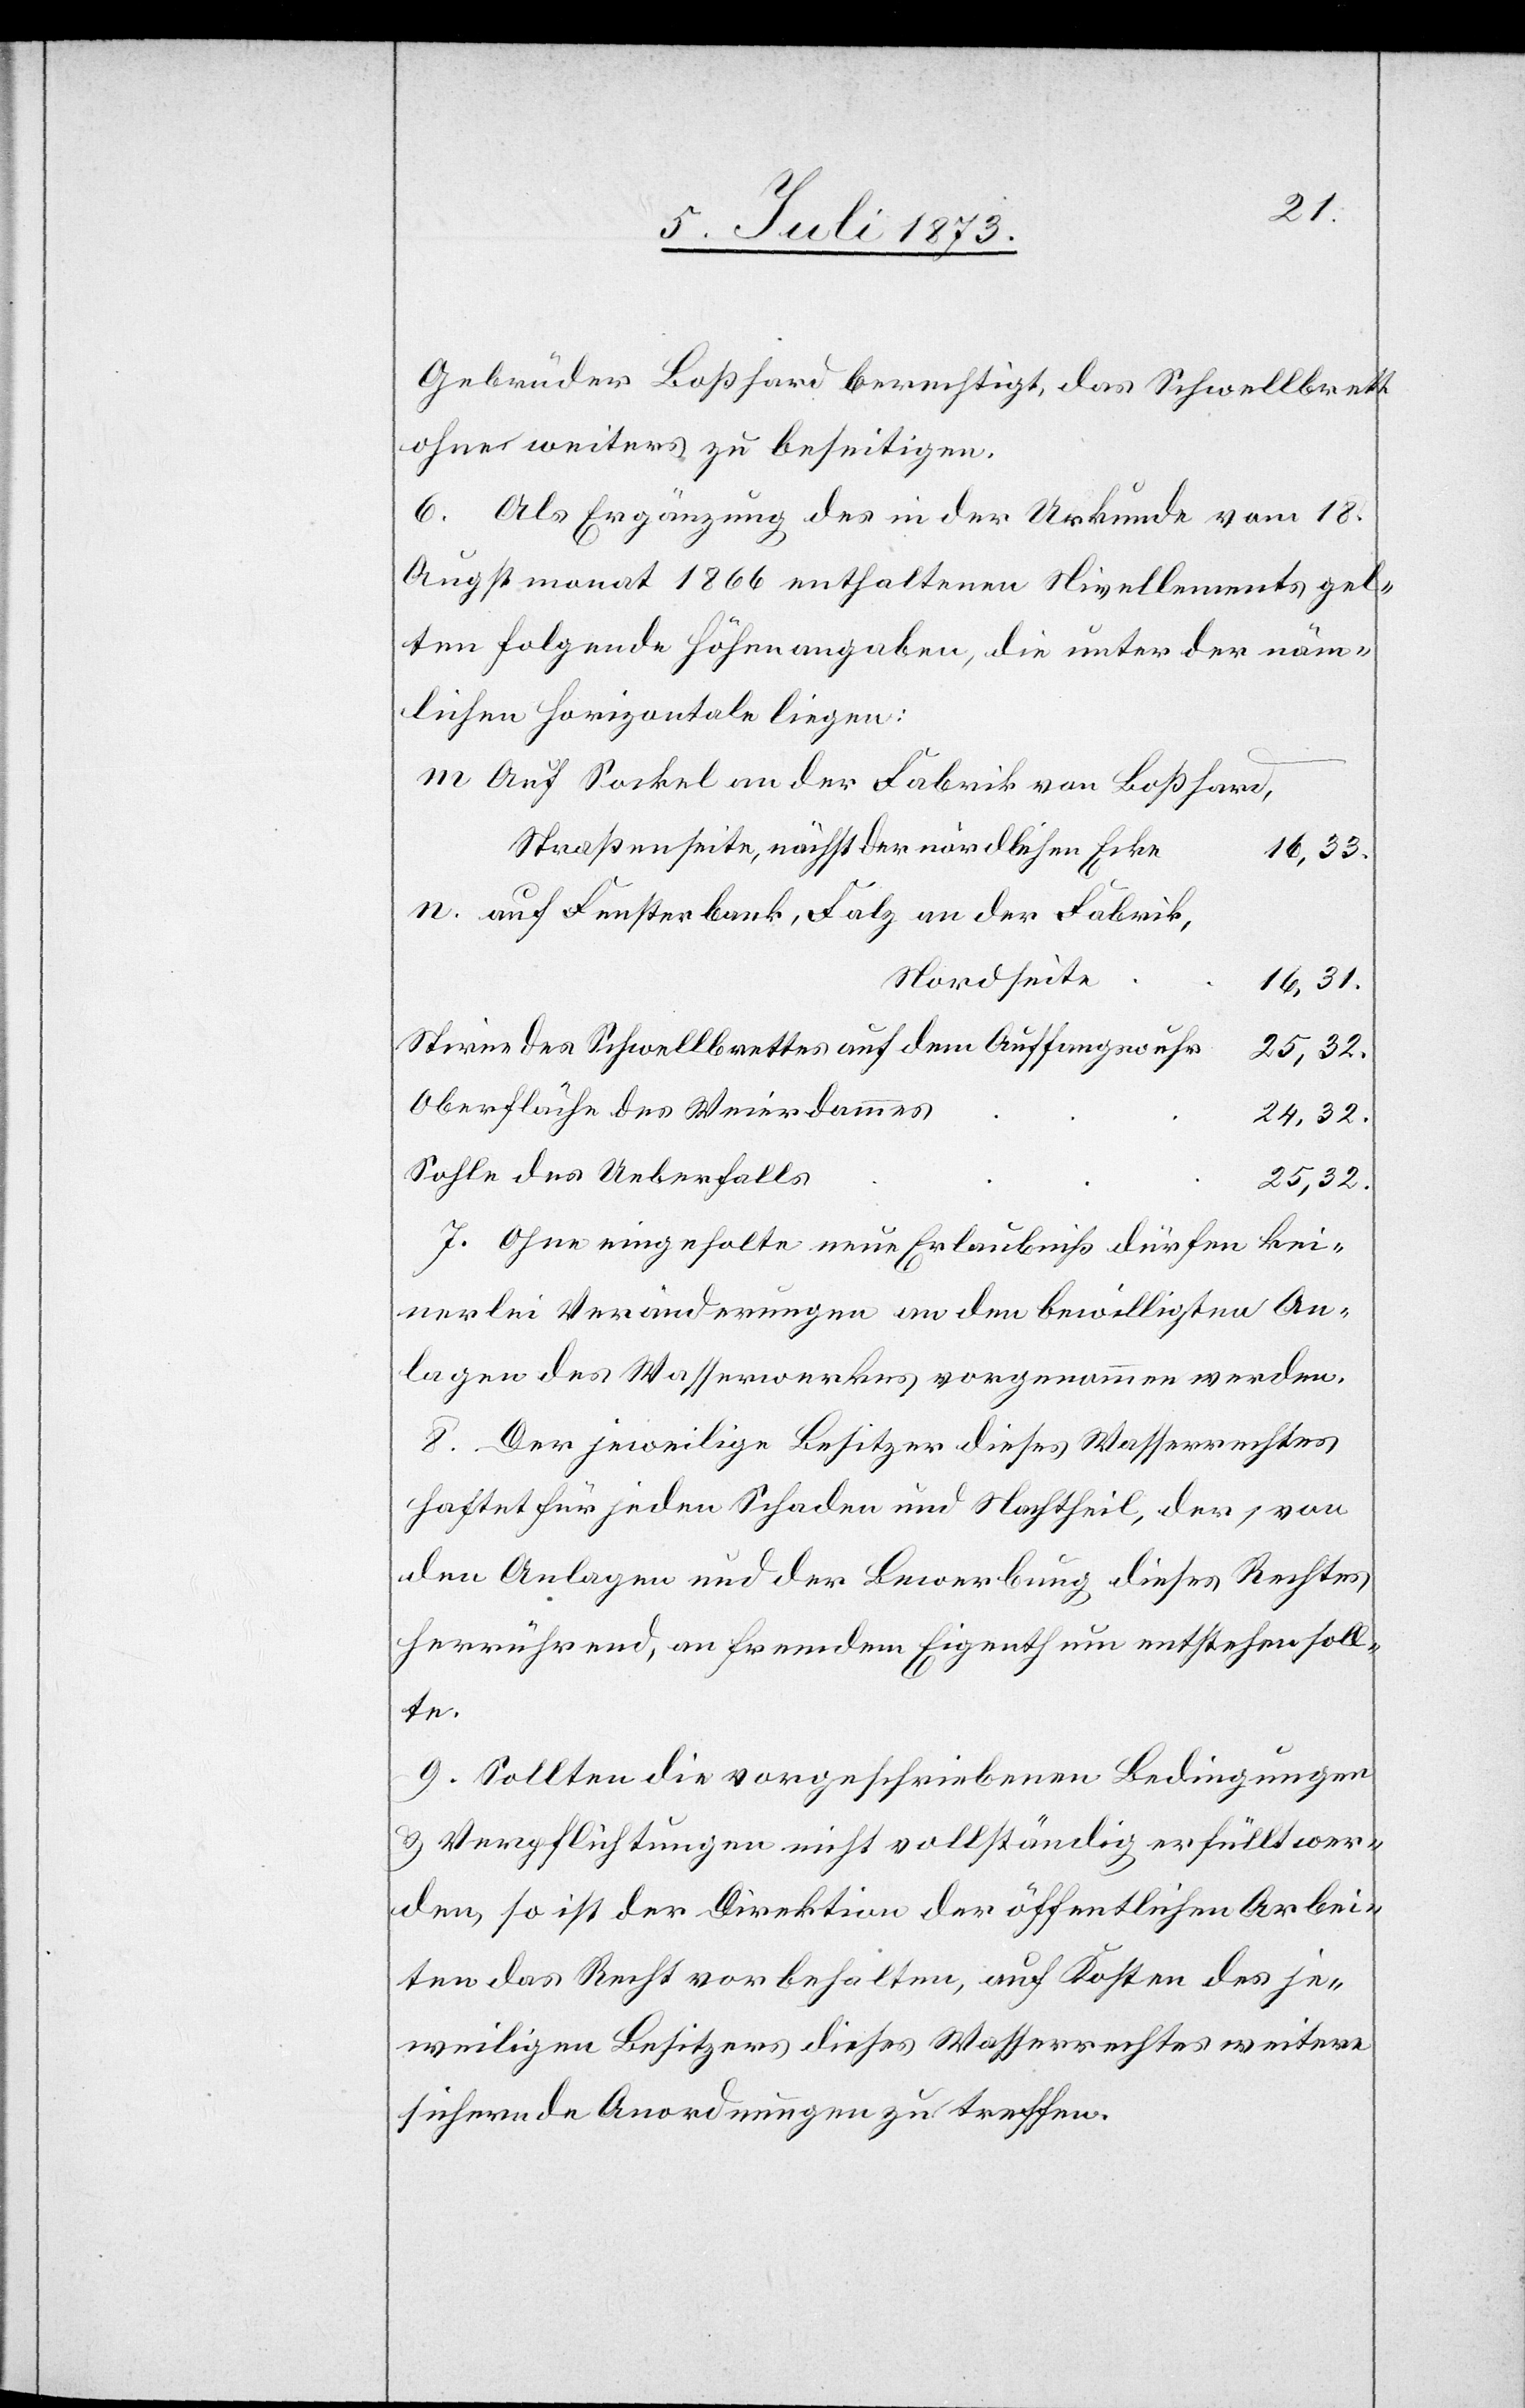
Gebrüder Boßhard berechtigt, das Schwellbrett
ohne weiter[e]s zu beseitigen.
6. Als Ergänzung des in der Urkunde vom 18.
Augstmonat 1866 enthaltenen Nivellements gel¬
ten folgende Höhenangaben, die unter der näm¬
lichen Horizontale liegen:
Auf Sockel an der Fabrik von Boßhard,
Straßenseite, nächst der nördlichen Ecke
16,33.
auf Fensterbank, Falz an der Fabrik,
Nordseite
16,31.
Stirne des Schwellbrettes auf dem Auffangswuhr
25,32.
Oberfläche des Weierdammes
24,32.
Sohle des Ueberfalls
25,32.
7. Ohne eingeholte neue Erlaubniß dürfen kei¬
nerlei Veränderungen an den bewilligten An¬
lagen des Wasserwerkes vorgenommen werden.
8. Der jeweilige Besitzer dieses Wasserrechtes
haftet für jeden Schaden und Nachtheil, der, von
den Anlagen und der Bewerbung dieses Rechtes
herrührend, an fremdem Eigenthum entstehen soll¬
te.
9. Sollten die vorgeschriebenen Bedingungen
& Verpflichtungen nicht vollständig erfüllt wer¬
den, so ist der Direktion der öffentlichen Arbei¬
ten das Recht vorbehalten, auf Kosten des je¬
weiligen Besitzers dieses Wasserrechtes weitere
sichernde Anordnungen zu treffen.